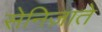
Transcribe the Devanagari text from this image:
सेनिज़ाते